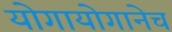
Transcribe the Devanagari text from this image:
योगायोगानेच